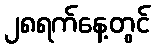
၂၈ရက်နေ့တွင်